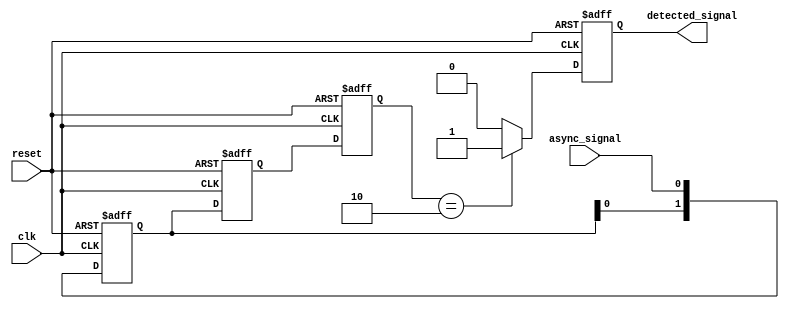
module dual_ff_detector (
    input wire clk,             // Clock input
    input wire reset,           // Reset input
    input wire async_signal,    // Asynchronous input signal
    output reg detected_signal   // Output signal indicating pattern detection
);

    // Define parameters for the pattern to detect
    parameter PATTERN = 2'b10;  // Example pattern to detect
    reg [1:0] ff1, ff2;          // Output of the two flip-flops
    reg [1:0] pattern_register;  // Register to hold detected pattern

    // Flip-flop synchronization
    always @(posedge clk or posedge reset) begin
        if (reset) begin
            ff1 <= 2'b00;         // Reset FF1
            ff2 <= 2'b00;         // Reset FF2
            detected_signal <= 1'b0; // Reset detected signal
            pattern_register <= 2'b00; // Clear pattern register
        end else begin
            ff1 <= {ff1[0], async_signal}; // Shift in async_signal
            ff2 <= ff1;                     // Synchronize with FF1
            
            // Update pattern register
            pattern_register <= ff2; // Update pattern register with FF2 output

            // Pattern detection logic
            if (pattern_register == PATTERN) begin
                detected_signal <= 1'b1; // Pattern detected
            end else begin
                detected_signal <= 1'b0; // No pattern detected
            end
        end
    end

endmodule